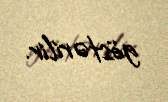
göstərilir.